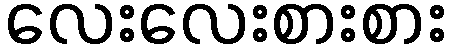
လေးလေးစားစား